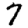
Digit: 7